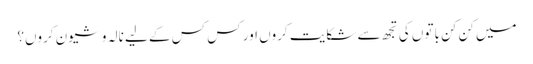
میں کن کن باتوں کی تجھ سے شکایت کروں اور کس کس کے لیے نالہ و شیون کروں؟